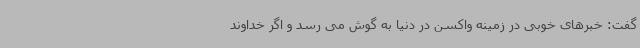
گفت: خبرهای خوبی در زمینه واکسن در دنیا به گوش می رسد و اگر خداوند